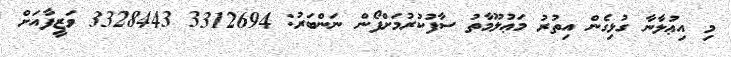
މި އިޢުލާނާ ގުޅިގެން އިތުރު މަޢުލޫމާތު ސާފުކުރުމަށްފޯން ނަންބަރު: 3312694 3328443 ވަޒީފާއަށް